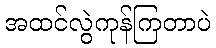
အထင်လွဲကုန်ကြတာပဲ